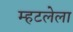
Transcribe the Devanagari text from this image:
म्हटलेला